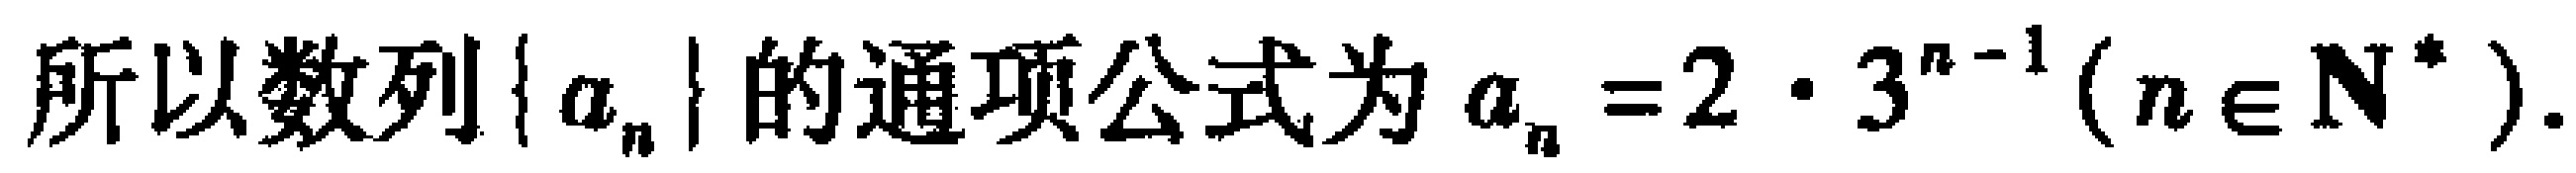
所以数列\(\{ a_{n}\}\)的通项公式为\(a_{n}=2\cdot 3^{n - 1}(n\in \mathbf{N}^{*})\).